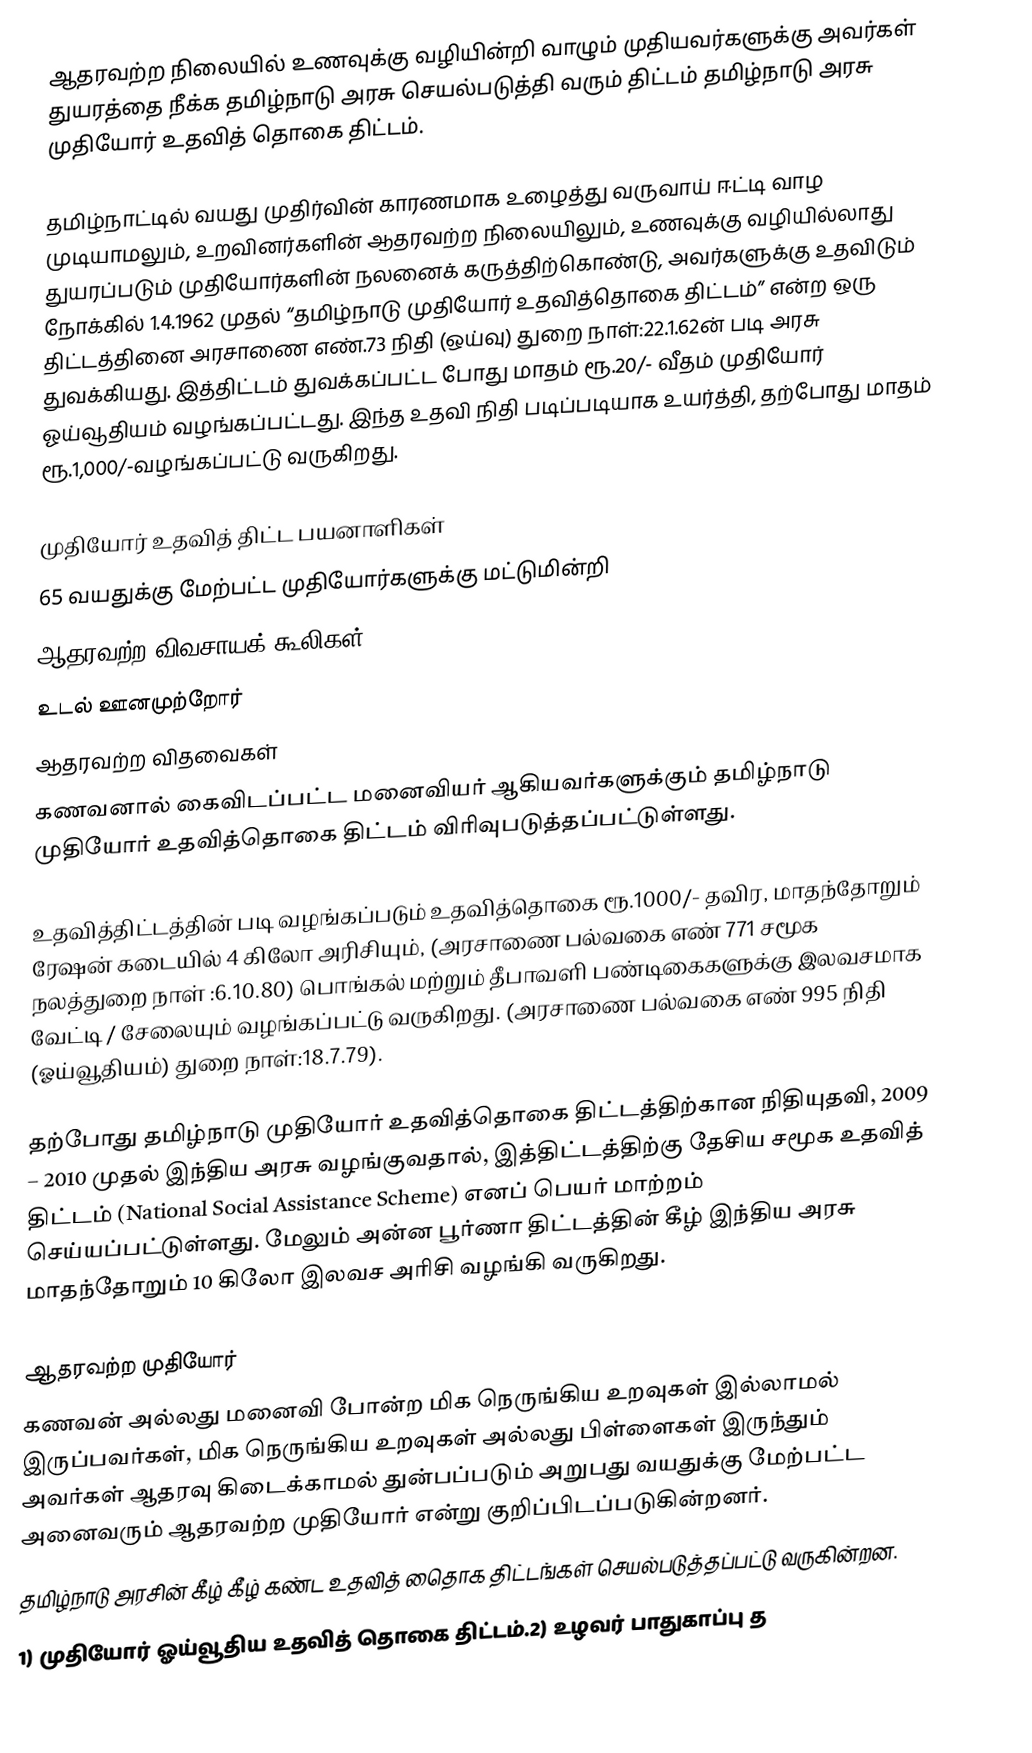
ஆதரவற்ற நிலையில் உணவுக்கு வழியின்றி வாழும் முதியவர்களுக்கு அவர்கள் துயரத்தை நீக்க தமிழ்நாடு அரசு செயல்படுத்தி வரும் திட்டம் தமிழ்நாடு அரசு முதியோர் உதவித் தொகை திட்டம்.

தமிழ்நாட்டில்  வயது முதிர்வின் காரணமாக உழைத்து  வருவாய் ஈட்டி வாழ முடியாமலும்,  உறவினர்களின்  ஆதரவற்ற நிலையிலும், உணவுக்கு வழியில்லாது துயரப்படும் முதியோர்களின் நலனைக் கருத்திற்கொண்டு,  அவர்களுக்கு உதவிடும் நோக்கில் 1.4.1962 முதல்  “தமிழ்நாடு முதியோர் உதவித்தொகை திட்டம்” என்ற  ஒரு திட்டத்தினை அரசாணை எண்.73 நிதி (ஒய்வு) துறை நாள்:22.1.62ன் படி அரசு துவக்கியது. இத்திட்டம் துவக்கப்பட்ட போது  மாதம் ரூ.20/- வீதம் முதியோர் ஓய்வூதியம்  வழங்கப்பட்டது. இந்த உதவி நிதி படிப்படியாக உயர்த்தி, தற்போது மாதம் ரூ.1,000/-வழங்கப்பட்டு வருகிறது.

முதியோர் உதவித் திட்ட பயனாளிகள்
65 வயதுக்கு மேற்பட்ட முதியோர்களுக்கு  மட்டுமின்றி
 ஆதரவற்ற விவசாயக் கூலிகள்
 உடல் ஊனமுற்றோர்
 ஆதரவற்ற விதவைகள்
 கணவனால் கைவிடப்பட்ட மனைவியர் ஆகியவர்களுக்கும் தமிழ்நாடு முதியோர் உதவித்தொகை திட்டம் விரிவுபடுத்தப்பட்டுள்ளது.

உதவித்திட்டத்தின் படி வழங்கப்படும் உதவித்தொகை ரூ.1000/- தவிர, மாதந்தோறும் ரேஷன் கடையில் 4 கிலோ அரிசியும், (அரசாணை பல்வகை எண் 771 சமூக நலத்துறை நாள் :6.10.80)  பொங்கல்  மற்றும் தீபாவளி பண்டிகைகளுக்கு  இலவசமாக வேட்டி / சேலையும் வழங்கப்பட்டு வருகிறது. (அரசாணை பல்வகை எண் 995 நிதி (ஓய்வூதியம்) துறை நாள்:18.7.79).

தற்போது தமிழ்நாடு முதியோர் உதவித்தொகை திட்டத்திற்கான நிதியுதவி,  2009 – 2010 முதல் இந்திய அரசு  வழங்குவதால், இத்திட்டத்திற்கு தேசிய சமூக உதவித் திட்டம் (National Social Assistance Scheme)  எனப் பெயர் மாற்றம் செய்யப்பட்டுள்ளது.  மேலும் அன்ன பூர்ணா திட்டத்தின்  கீழ்  இந்திய அரசு மாதந்தோறும் 10 கிலோ இலவச அரிசி வழங்கி வருகிறது.

ஆதரவற்ற முதியோர்
கணவன் அல்லது மனைவி போன்ற மிக நெருங்கிய உறவுகள் இல்லாமல் இருப்பவர்கள், மிக நெருங்கிய உறவுகள் அல்லது பிள்ளைகள் இருந்தும் அவர்கள் ஆதரவு கிடைக்காமல் துன்பப்படும் அறுபது வயதுக்கு மேற்பட்ட அனைவரும் ஆதரவற்ற முதியோர் என்று குறிப்பிடப்படுகின்றனர்.
தமிழ்நாடு அரசின் கீழ் கீழ் கண்ட உதவித் தொைக திட்டங்கள் செயல்படுத்தப்பட்டு வருகின்றன.
1) முதியோர் ஓய்வூதிய உதவித் தொகை திட்டம்.2) உழவர் பாதுகாப்பு த